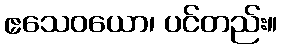
ဧသေဝယော၊ ပင်တည်း။